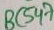
Text: BC547